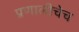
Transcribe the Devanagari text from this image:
प्रणालीचेच